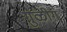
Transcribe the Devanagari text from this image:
गुळीग